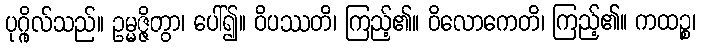
ပုဂ္ဂိုလ်သည်။ ဥမ္မဇ္ဇိတွာ၊ ပေါ်၍။ ဝိပဿတိ၊ ကြည့်၏။ ဝိလောကေတိ၊ ကြည့်၏။ ကထဉ္စ၊